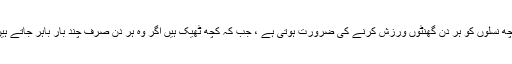
کچھ نسلوں کو ہر دن گھنٹوں ورزش کرنے کی ضرورت ہوتی ہے ، جب کہ کچھ ٹھیک ہیں اگر وہ ہر دن صرف چند بار باہر جاتے ہیں۔